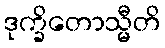
ဒုက္ခိတောသ္မီတိ